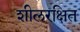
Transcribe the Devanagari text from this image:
शीलरक्षित